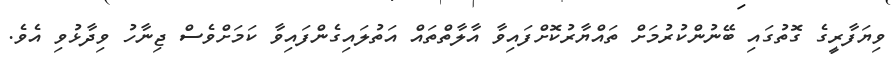
ވިޔަފާރީގެ ގޮތުގައި ބޭނުންކުރުމަށް ތައްޔާރުކޮށްފައިވާ އާލާތްތައް އަތުލައިގެންފައިވާ ކަމަށްވެސް ޖިނާހު ވިދާޅުވި އެވެ.